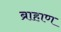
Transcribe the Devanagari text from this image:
ब्राहाण